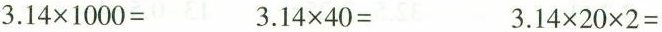
$$3.14 \times 1000=$$ $$3.14 \times 40=$$ $$3.14 \times 20 \times 2=$$